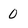
Character: 0